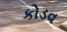
કોડવ